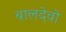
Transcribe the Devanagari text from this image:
बालदेवो